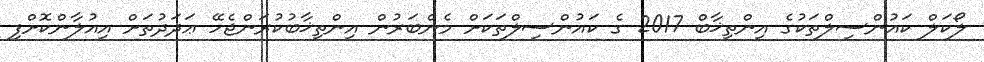
ލޯކަލް ކައުންސިލްތަކުގެ އިންތިޚާބް 2017 ގެ ކައުންސިލްތަކަށް މެންބަރުން އިންތިޚާބުކުރަންޖެހޭ ޢަދަދުތަށް އިއުލާންކޮށްފި